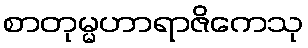
စာတုမ္မဟာရာဇိကေသု